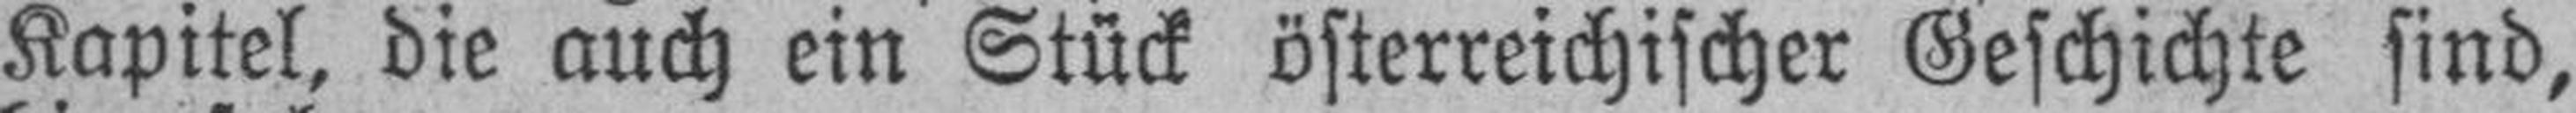
Kapitel, die auch ein Stück österreichischer Geschichte sind,